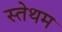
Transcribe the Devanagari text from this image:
स्तेथम